Annual returns of the Patna Lunatic Asylum at Bankipore in Bihar and Orissa - 1912-1924
Year: 1912
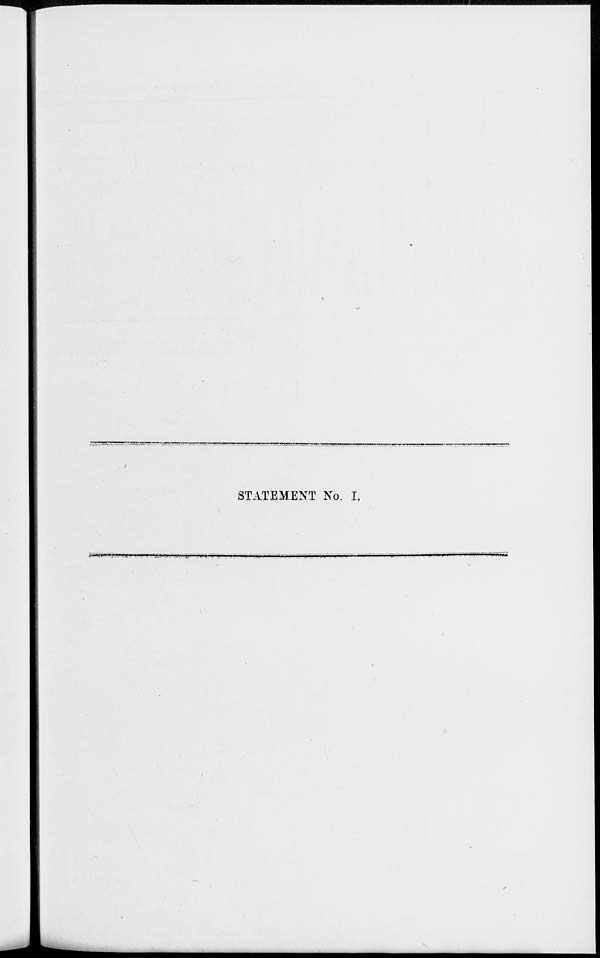
STATEMENT No. I.